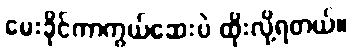
မေးခိုင်ကာကွယ်ဆေးပဲ ထိုးလို့ရတယ်။